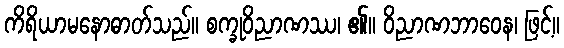
ကိရိယာမနောဓာတ်သည်။ စက္ခုဝိညာဏဿ၊ ၏။ ဝိညာဏဘာဝေန၊ ဖြင့်။